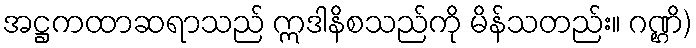
အဋ္ဌကထာဆရာသည် ဣဒါနိစသည်ကို မိန်သတည်း။ ဂဏ္ဌိ)